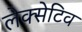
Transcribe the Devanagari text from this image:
लेक्सेटिव